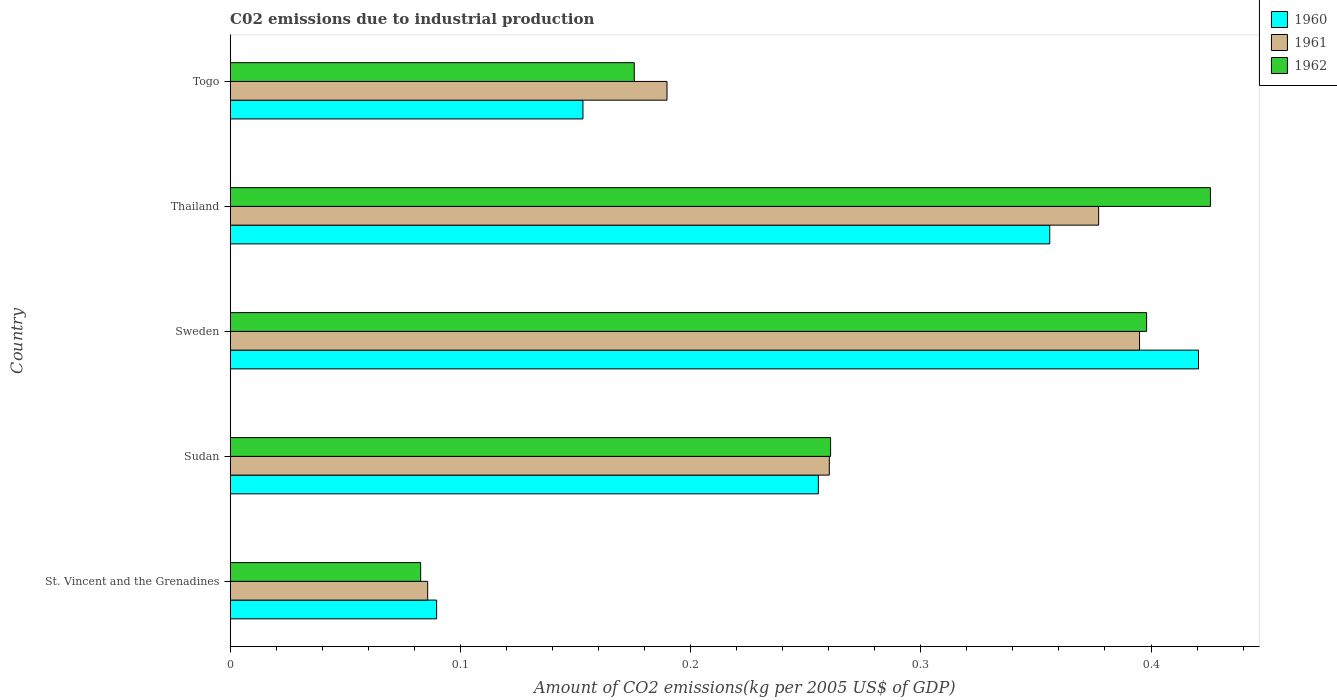
| Country | 1960 | 1961 | 1962 |
 | --- | --- | --- | --- |
 | St. Vincent and the Grenadines | 0.0897 | 0.0858 | 0.0827 |
 | Sudan | 0.255 | 0.26 | 0.261 |
 | Sweden | 0.421 | 0.395 | 0.398 |
 | Thailand | 0.356 | 0.377 | 0.426 |
 | Togo | 0.153 | 0.19 | 0.176 |